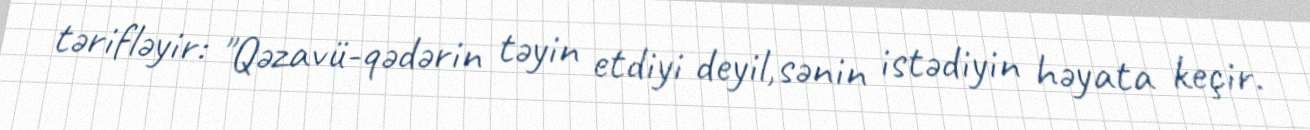
tərifləyir: "Qəzavü-qədərin təyin etdiyi deyil,sənin istədiyin həyata keçir.